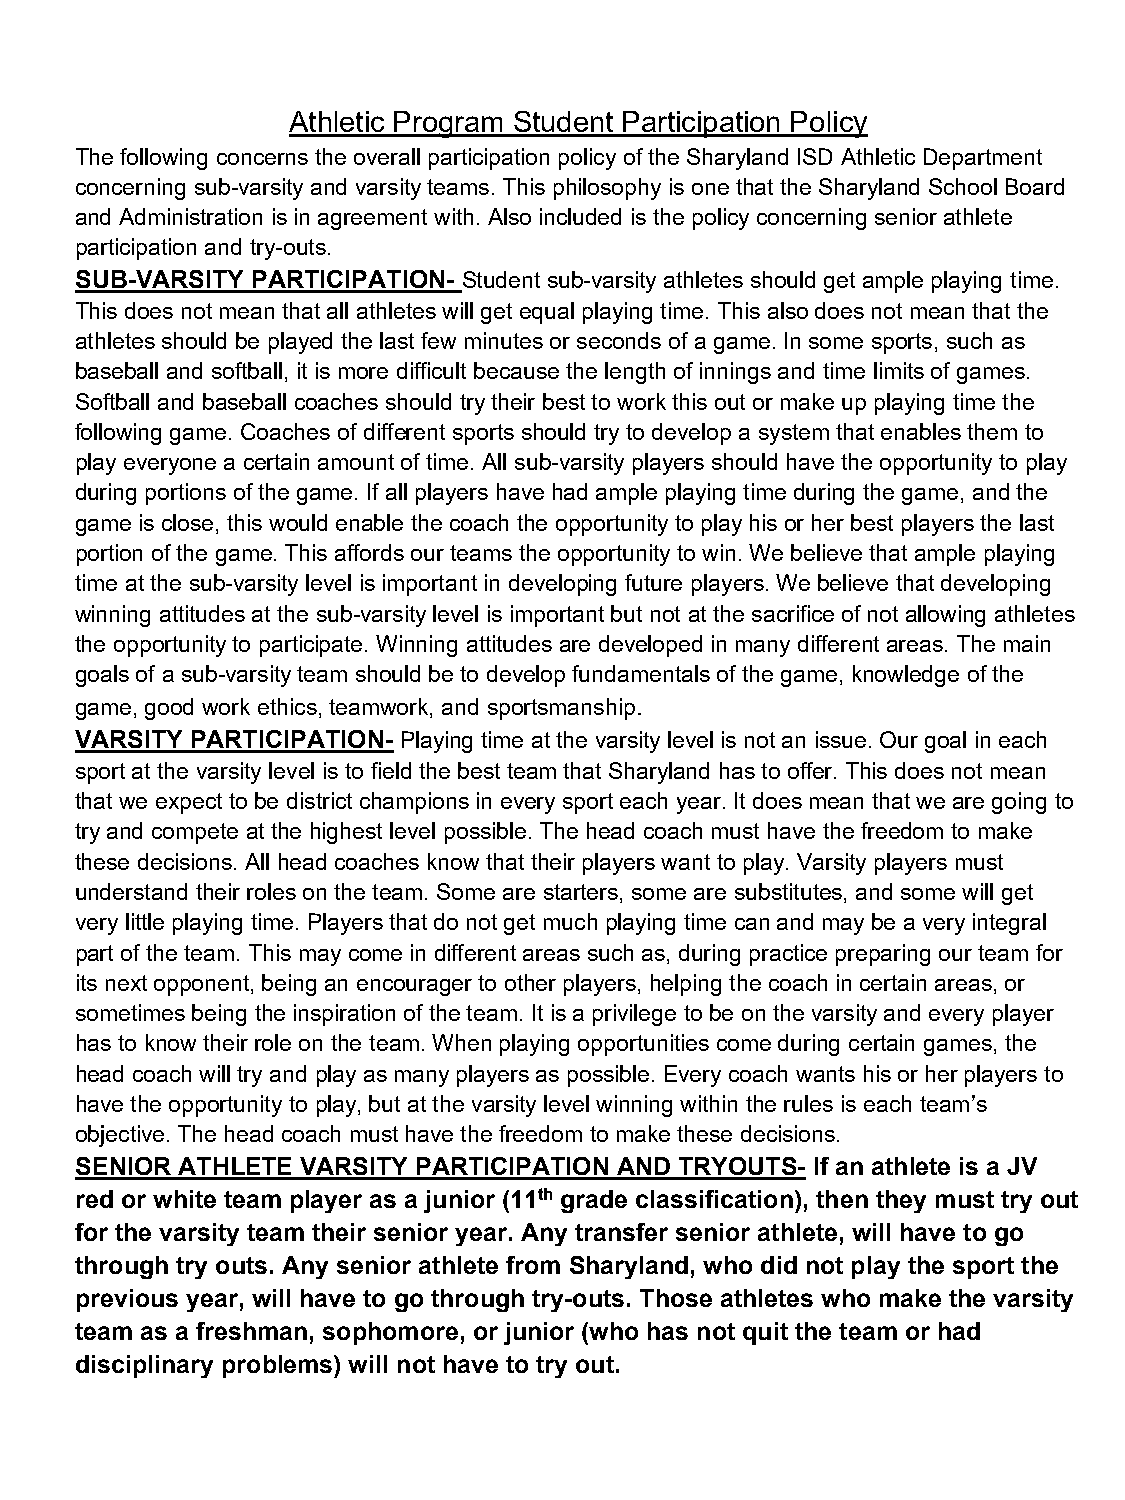
Athletic Program Student Participation Policy
 The following concerns the overall participation policy of the Sharyland ISD Athletic Department
 concerning sub-varsity and varsity teams. This philosophy is one that the Sharyland School Board
 and Administration is in agreement with. Also included is the policy concerning senior athlete
 participation and try-outs.
 SUB-VARSITY PARTICIPATION- Student sub-varsity athletes should get ample playing time.
 This does not mean that all athletes will get equal playing time. This also does not mean that the
 athletes should be played the last few minutes or seconds of a game. In some sports, such as
 baseball and softball, it is more difficult because the length of innings and time limits of games.
 Softball and baseball coaches should try their best to work this out or make up playing time the
 following game. Coaches of different sports should try to develop a system that enables them to
 play everyone a certain amount of time. All sub-varsity players should have the opportunity to play
 during portions of the game. If all players have had ample playing time during the game, and the
 game is close, this would enable the coach the opportunity to play his or her best players the last
 portion of the game. This affords our teams the opportunity to win. We believe that ample playing
 time at the sub-varsity level is important in developing future players. We believe that developing
 winning attitudes at the sub-varsity level is important but not at the sacrifice of not allowing athletes
 the opportunity to participate. Winning attitudes are developed in many different areas. The main
 goals of a sub-varsity team should be to develop fundamentals of the game, knowledge of the
 game, good work ethics, teamwork, and sportsmanship.
 VARSITY PARTICIPATION- Playing time at the varsity level is not an issue. Our goal in each
 sport at the varsity level is to field the best team that Sharyland has to offer. This does not mean
 that we expect to be district champions in every sport each year. It does mean that we are going to
 try and compete at the highest level possible. The head coach must have the freedom to make
 these decisions. All head coaches know that their players want to play. Varsity players must
 understand their roles on the team. Some are starters, some are substitutes, and some will get
 very little playing time. Players that do not get much playing time can and may be a very integral
 part of the team. This may come in different areas such as, during practice preparing our team for
 its next opponent, being an encourager to other players, helping the coach in certain areas, or
 sometimes being the inspiration of the team. It is a privilege to be on the varsity and every player
 has to know their role on the team. When playing opportunities come during certain games, the
 head coach will try and play as many players as possible. Every coach wants his or her players to
 have the opportunity to play, but at the varsity level winning within the rules is each team’s
 objective. The head coach must have the freedom to make these decisions.
 SENIOR ATHLETE VARSITY PARTICIPATION AND TRYOUTS- If an athlete is a JV
 red or white team player as a junior (11th grade classification), then they must try out
 for the varsity team their senior year. Any transfer senior athlete, will have to go
 through try outs. Any senior athlete from Sharyland, who did not play the sport the
 previous year, will have to go through try-outs. Those athletes who make the varsity
 team as a freshman, sophomore, or junior (who has not quit the team or had
 disciplinary problems) will not have to try out.